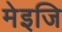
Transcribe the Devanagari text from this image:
मेइजि